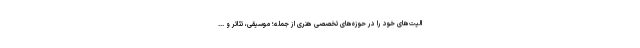
الیت‌های خود را در حوزه‌های تخصصی هنری از جمله؛ موسیقی، تئاتر و ...